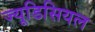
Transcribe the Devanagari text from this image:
ज्यूडिसियल